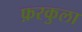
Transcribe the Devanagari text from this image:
फ़रकुला